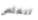
تتخلص